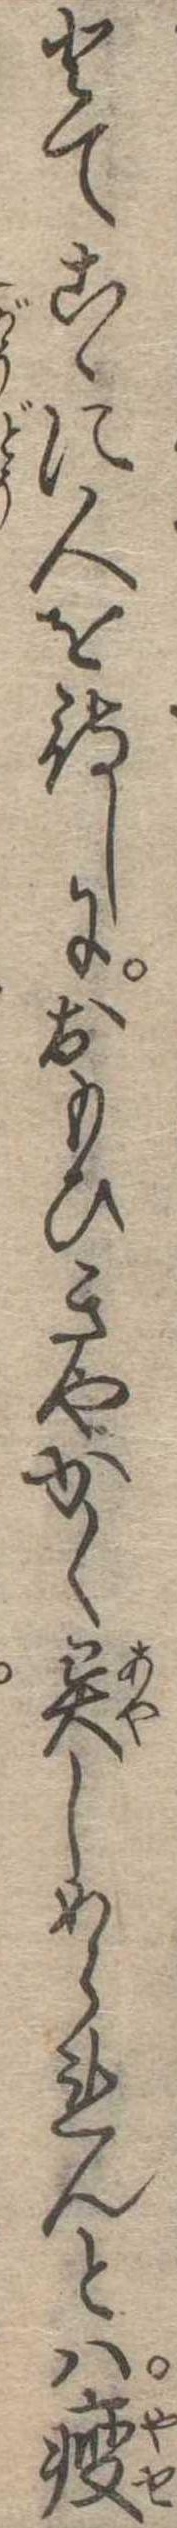
とてこゝに人を待しにおもひきやかく異しめられんとは痩